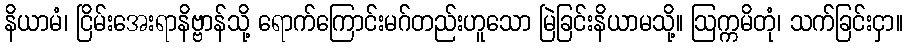
နိယာမံ၊ ငြိမ်းအေးရာနိဗ္ဗာန်သို့ ရောက်ကြောင်းမဂ်တည်းဟူသော မြဲခြင်းနိယာမသို့။ ဩက္ကမိတုံ၊ သက်ခြင်းငှာ။